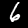
Digit: 6